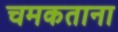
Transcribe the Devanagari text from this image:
चमकताना